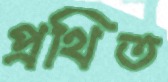
প্রথিত